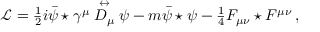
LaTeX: \mathcal { L } = \textstyle \frac { 1 } { 2 } i \bar { \psi } \star \gamma ^ { \mu } \stackrel { \leftrightarrow } { D _ { \mu } } \psi - m \bar { \psi } \star \psi - \textstyle \frac { 1 } { 4 } F _ { \mu \nu } \star F ^ { \mu \nu } \, ,